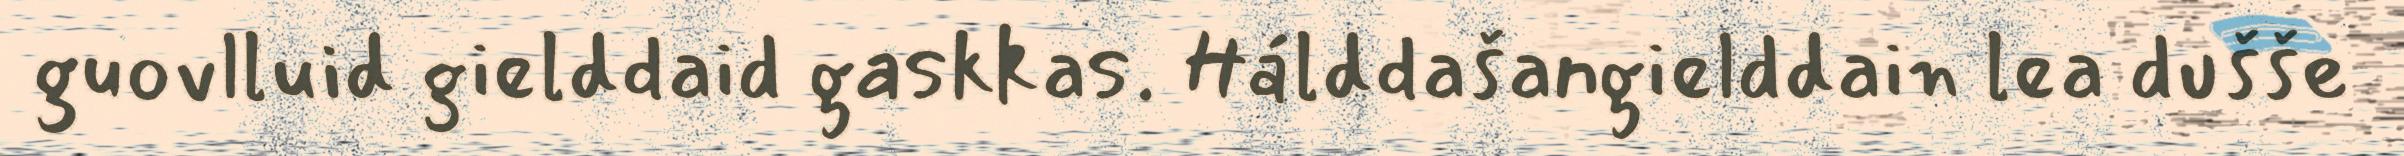
guovlluid gielddaid gaskkas. Hálddašangielddain lea dušše